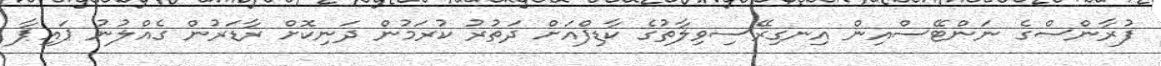
ފުރާންސްގެ ނަންޓޭސްއިން އިނގިރޭސިވިލާތުގެ ކާޑިފްއަށް ދަތުރު ކުރަމުން ދަނިކޮށް ރާޑަރުން ގެއްލުނު ޕައިޕާ